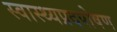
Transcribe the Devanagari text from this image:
स्वास्थ्यप्रदपोषण